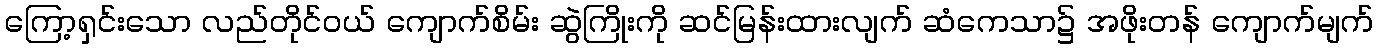
ကြော့ရှင်းသော လည်တိုင်ဝယ် ကျောက်စိမ်း ဆွဲကြိုးကို ဆင်မြန်းထားလျက် ဆံကေသာ၌ အဖိုးတန် ကျောက်မျက်